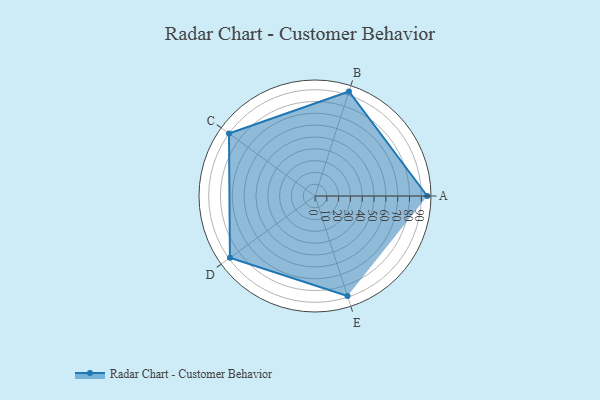
{"axis": {"x": "Skill", "y": "Score"}, "legend": ["Profile"], "data": [{"x": "A", "y": 95.0, "type": "Profile"}, {"x": "B", "y": 93.0, "type": "Profile"}, {"x": "C", "y": 90.0, "type": "Profile"}, {"x": "D", "y": 89.0, "type": "Profile"}, {"x": "E", "y": 89.0, "type": "Profile"}]}